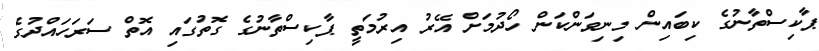
ޕާކިސްތާނުގެ ކިބައިން މިނިވަންކަން ހޯދުމަށް އޭރު އިރުމަތީ ޕާކިސްތާނުގެ ގޮތުގައި އޮތް ސަރަހައްދުގެ